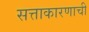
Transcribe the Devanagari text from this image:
सत्ताकारणाची